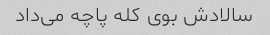
سالادش بوی کله پاچه می‌داد